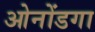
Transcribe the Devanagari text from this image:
ओनोंडगा